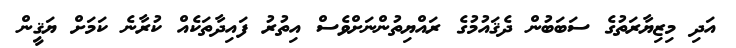
އަދި މިޒިޔާރަތުގެ ސަބަބުން ދެޤައުމުގެ ރައްޔިތުންނަށްވެސް އިތުރު ފައިދާތަކެއް ކުރާނެ ކަމަށް ޔަޤީން